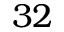
3 2